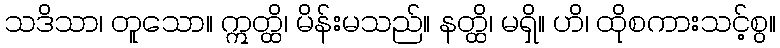
သဒိသာ၊ တူသော။ ဣတ္ထိ၊ မိန်းမသည်။ နတ္ထိ၊ မရှိ။ ဟိ၊ ထိုစကားသင့်စွ။